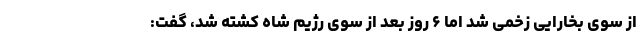
از سوی بخارایی زخمی شد اما ۶ روز بعد از سوی رژیم شاه کشته شد، گفت: